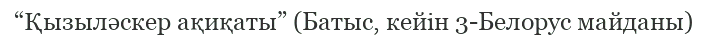
“Қызыләскер ақиқаты” (Батыс, кейін 3-Белорус майданы)